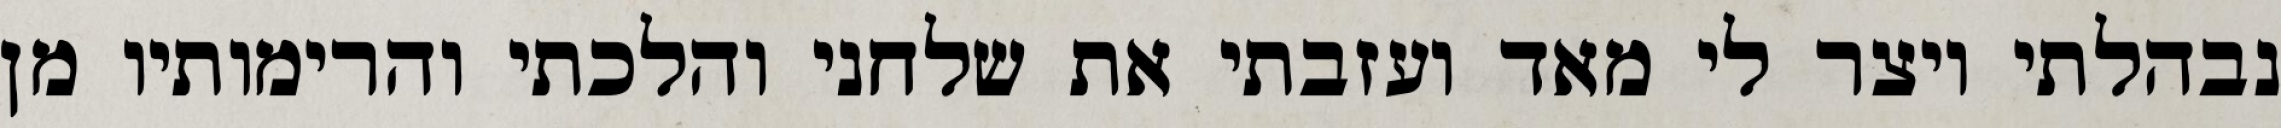
נבהלתי ויצר לי מאד ועזבתי את שלחני והלכתי והרימותיו מן